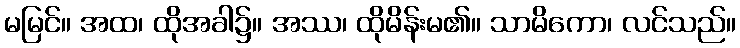
မမြင်။ အထ၊ ထိုအခါ၌။ အဿ၊ ထိုမိန်းမ၏။ သာမိကော၊ လင်သည်။